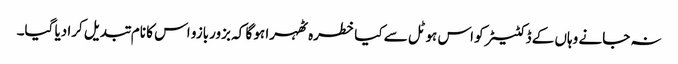
نہ جانے وہاں کے ڈکٹیٹر کو اس ہوٹل سے کیا خطرہ ٹھہرا ہو گا کہ بزوربازو اس کا نام تبدیل کرا دیا گیا۔